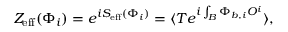
{ \cal Z } _ { \mathrm { e f f } } ( \Phi _ { i } ) = e ^ { i S _ { \mathrm { e f f } } ( \Phi _ { i } ) } = \langle T e ^ { i \int _ { \cal B } \Phi _ { b , i } { \cal O } ^ { i } } \rangle ,